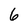
Character: 6